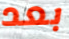
بعد